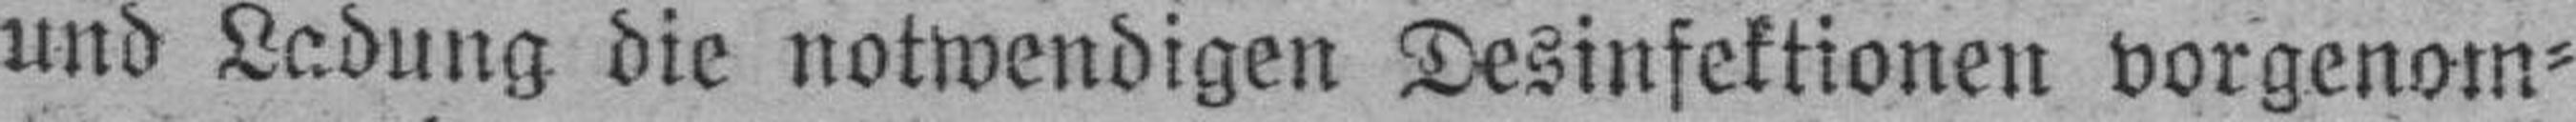
und Ladung die notwendigen Desinfektionen vorgenom¬